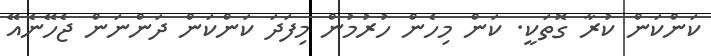
ކަންކަން ކުރާ ގޮތަކީ. ކަން މިހެން ހުރުމުން މިފަދަ ކަންކަން ދަންނަން ޖެހޭނެއޭ